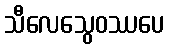
သီလေသွေဝဿပေ